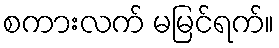
စကားလက် မမြင်ရက်။